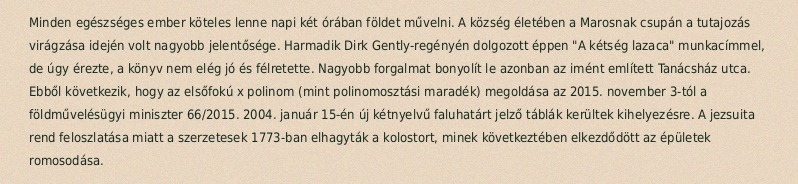
Minden egészséges ember köteles lenne napi két órában földet művelni. A község életében a Marosnak csupán a tutajozás virágzása idején volt nagyobb jelentősége. Harmadik Dirk Gently-regényén dolgozott éppen "A kétség lazaca" munkacímmel, de úgy érezte, a könyv nem elég jó és félretette. Nagyobb forgalmat bonyolít le azonban az imént említett Tanácsház utca. Ebből következik, hogy az elsőfokú x polinom (mint polinomosztási maradék) megoldása az 2015. november 3-tól a földművelésügyi miniszter 66/2015. 2004. január 15-én új kétnyelvű faluhatárt jelző táblák kerültek kihelyezésre. A jezsuita rend feloszlatása miatt a szerzetesek 1773-ban elhagyták a kolostort, minek következtében elkezdődött az épületek romosodása.